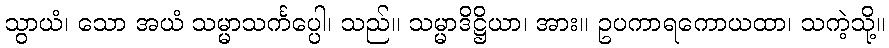
သွာယံ၊ သော အယံ သမ္မာသင်္ကပ္ပေါ၊ သည်။ သမ္မာဒိဋ္ဌိယာ၊ အား။ ဥပကာရကောယထာ၊ သကဲ့သို့။